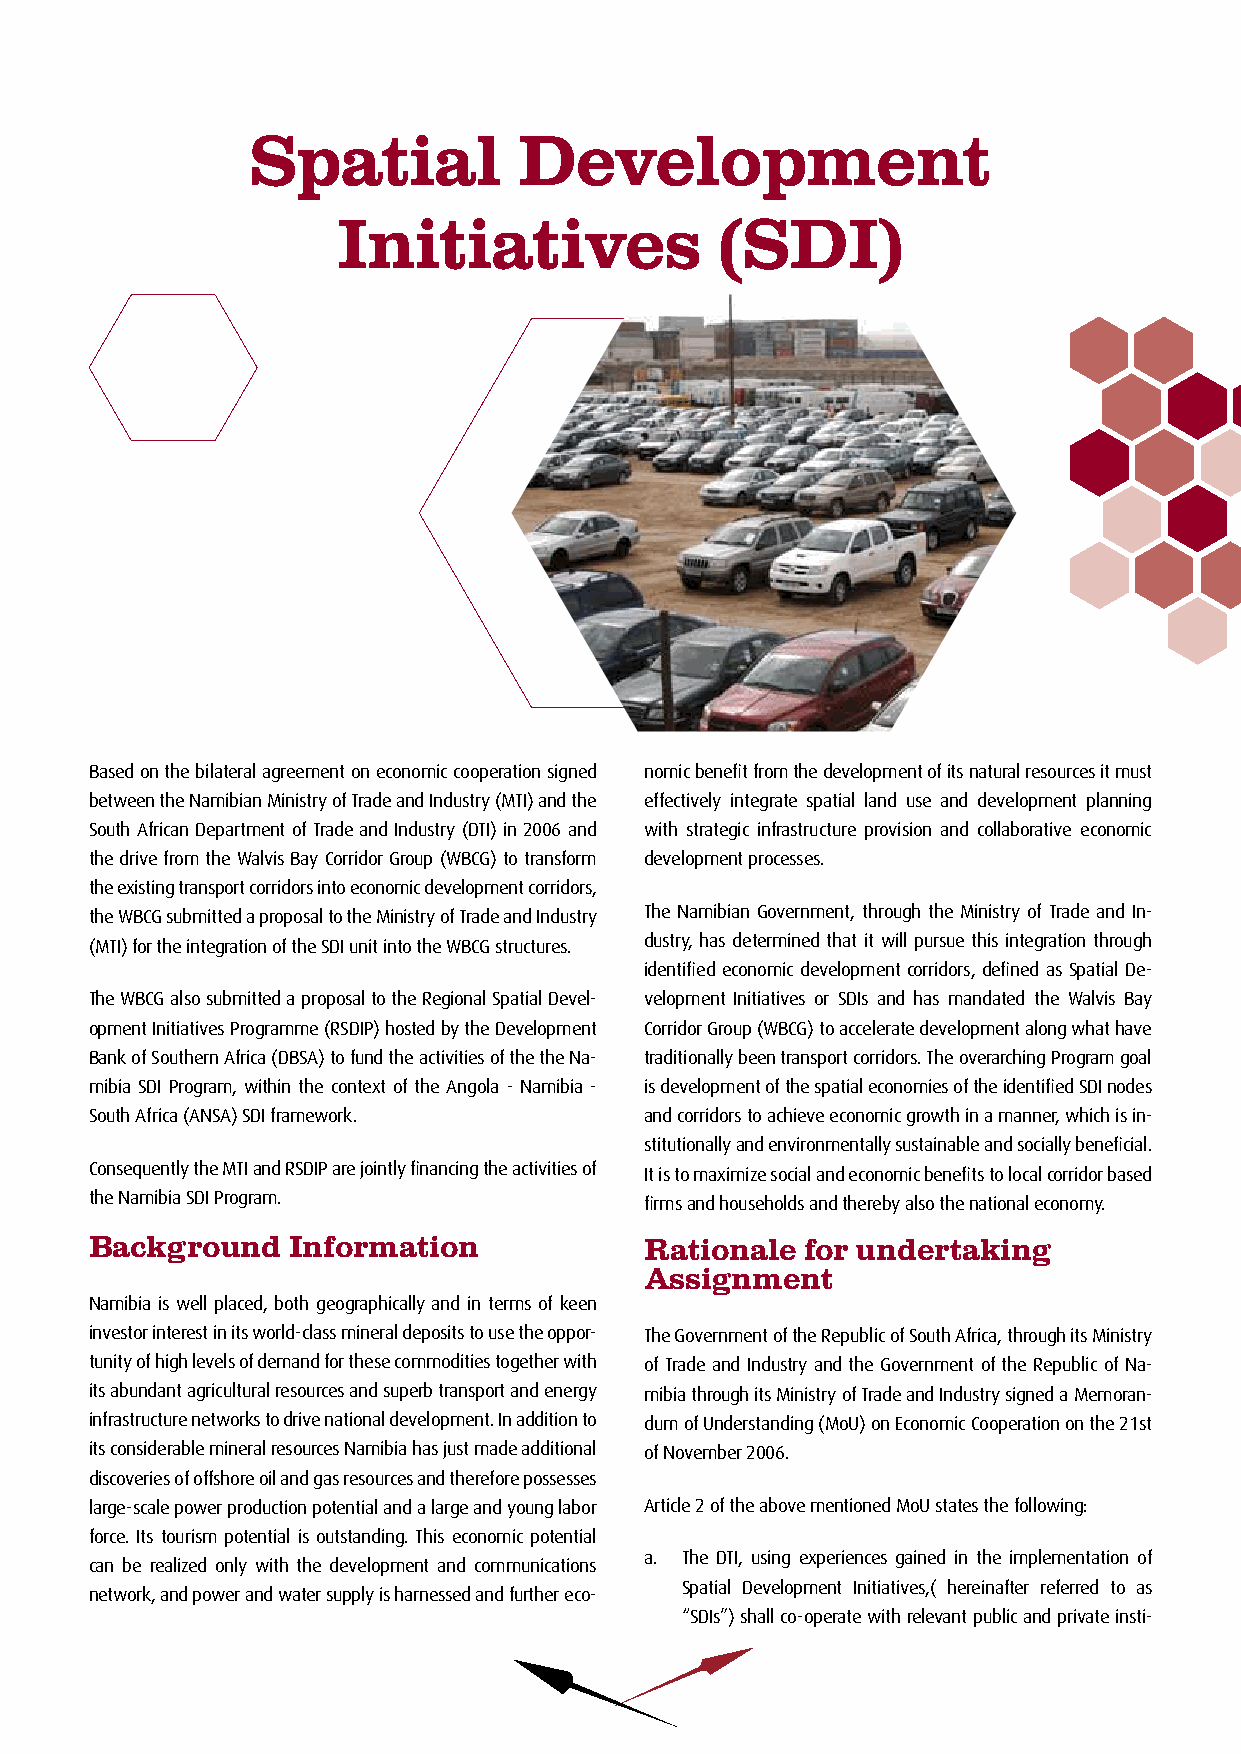
Spatial           Development
 Initiatives              (SDI)
 Based on the bilateral agreement on economic cooperation signed nomic benefit from the development of its natural resources it must
 between the Namibian Ministry of Trade and Industry (MTI) and the effectively integrate spatial land use and development planning
 South African Department of Trade and Industry (DTI) in 2006 and with strategic infrastructure provision and collaborative economic
 the drive from the Walvis Bay Corridor Group (WBCG) to transform development processes.
 the existing transport corridors into economic development corridors,
 the WBCG submitted a proposal to the Ministry of Trade and Industry The Namibian Government, through the Ministry of Trade and In-
 (MTI) for the integration of the SDI unit into the WBCG structures. dustry, has determined that it will pursue this integration through
 identified economic development corridors, defined as Spatial De-
 The WBCG also submitted a proposal to the Regional Spatial Devel- velopment Initiatives or SDIs and has mandated the Walvis Bay
 opment Initiatives Programme (RSDIP) hosted by the Development Corridor Group (WBCG) to accelerate development along what have
 Bank of Southern Africa (DBSA) to fund the activities of the the Na- traditionally been transport corridors. The overarching Program goal
 mibia SDI Program, within the context of the Angola - Namibia - is development of the spatial economies of the identified SDI nodes
 South Africa (ANSA) SDI framework.   and corridors to achieve economic growth in a manner, which is in-
 stitutionally and environmentally sustainable and socially beneficial.
 Consequently the MTI and RSDIP are jointly financing the activities of It is to maximize social and economic benefits to local corridor based
 the Namibia SDI Program.             firms and households and thereby also the national economy.
 Background   Information             Rationale for undertaking
 Assignment
 Namibia is well placed, both geographically and in terms of keen
 investor interest in its world-class mineral deposits to use the oppor- The Government of the Republic of South Africa, through its Ministry
 tunity of high levels of demand for these commodities together with of Trade and Industry and the Government of the Republic of Na-
 its abundant agricultural resources and superb transport and energy mibia through its Ministry of Trade and Industry signed a Memoran-
 infrastructure networks to drive national development. In addition to dum of Understanding (MoU) on Economic Cooperation on the 21st
 its considerable mineral resources Namibia has just made additional of November 2006.
 discoveries of offshore oil and gas resources and therefore possesses
 large-scale power production potential and a large and young labor Article 2 of the above mentioned MoU states the following:
 force. Its tourism potential is outstanding. This economic potential
 a. The DTI, using experiences gained in the implementation of
 can be realized only with the development and communications
 Spatial Development Initiatives,( hereinafter referred to as
 network, and power and water supply is harnessed and further eco-
 “SDIs”) shall co-operate with relevant public and private insti-